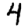
Digit: 4